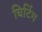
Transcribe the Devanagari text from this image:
चिटिंग